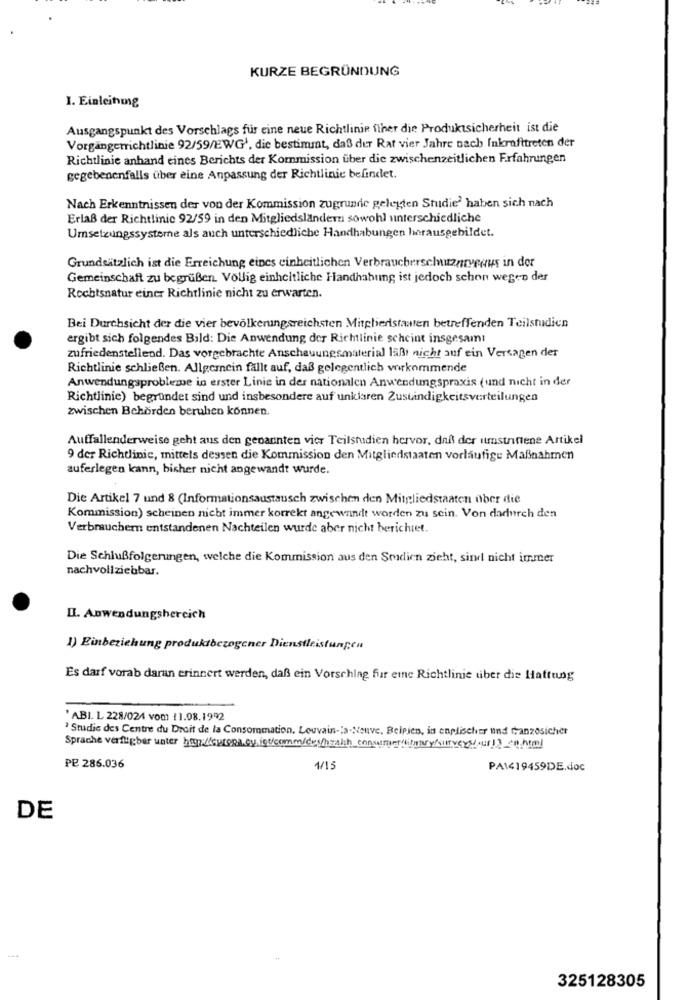
KURZE BEGRÜNDUNG
I. Einleitmg
Ausgangspunkt des Vorschlags für eine neue Richtlinie fther die Produktsicherheit ist die
Vorgängerrichtlinie 92/59/EWG1, die bestimmt, daß der Rat vier Jahre nach Inkrafttreten der
Richtlinie anhand eines Berichts der Kommission über die zwischenzeitlichen Erfahrungen
gegebenenfalls über eine Anpassung der Richtlinie befindet.
Nach Erkenntnissen der von der Kommission zugrunde gelegten Studie? haben sich nach
Erlaß der Richtlinie 92/59 in den Mitgliedsländer sowohl unterschiedliche
Umsetzungssysteme als auch unterschiedliche Handhabungen herausgebildet.
Grundsätzlich ist die Erreichung eines einheitlichen Verbraucherschutznyewws in der
Gemeinschaft zu begrüßen. Völlig einheitliche Handhabung ist jedoch schon wegen der
Rechtsnatur einer Richtlinie nicht zu erwarten.
Bei Durchsicht der die vier bevölkerungsreichsten Mitgliedstaaten betreffenden Teilstudien
ergibt sich folgendes Bild: Die Anwendung der Richtlinie scheint insgesamt
zufriedenstellend. Das vorgebrachte Anschauungsmaterial läßt nicht auf ein Versagen der
Richtlinie schließen. Allgemein fällt auf, daß gelegentlich vorkommende
Anwendungsprobleme in erster Linie in der nationalen Anwendungspraxis (und nicht in der
Richtlinie) begründet sind und insbesondere auf unklaren Zusuindigkeitsverteilungen
zwischen Behörden beruhen können.
Auffallenderweise geht aus den genannten vier Teilstudien hervor, daß der umstrittene Artikel
9 der Richtlinie, mittels dessen die Kommission den Mitgliedstaaten vorläufige Maßnahmen
auferlegen kann, bisher nicht angewandt wurde.
Die Artikel 7 und 8 (Informationsaustausch zwischen den Mitgliedstaaten über die
Kommission) scheinen nicht immer korrekt angewandt worden zu sein. Von dadurch den
Verbrauchern entstandenen Nachteilen wurde aber nicht berichtet.
Die Schlußfolgerungen, welche die Kommission aus den Sradien zieht, sind nicht immer
nachvollziehbar.
I. Anwendungsbereich
1) Einbeziehung produktbezogener Dienstleistungen
Es darf vorab daran erinnert werden, daß ein Vorschlag fur eme Richtlinie uber die Haftung
'ABI. L 228/024 vom (1.08.1992
? Studie des Centre du Droit de la Consommation. Louvain-'s-Neuve. Belpien, in englischer und Canzosicher
Sprache verfigber unter ha /europa cy ioc/comm/des/health_consumemilitary survers ur12 co html
PE 286.036
1/13
PAI419459DE.doc
DE
325128305